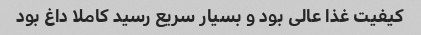
کیفیت غذا عالی بود و بسیار سریع رسید کاملا داغ بود